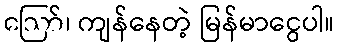
ဪ၊ ကျန်နေတဲ့ မြန်မာငွေပါ။